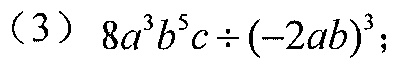
（3）\(8a^{3}b^{5}c\div(-2ab)^{3}\)；